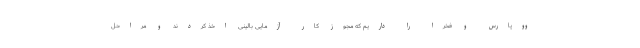
ووپارس و فخرا را داریم که مجوز کار آزمایی بالینی اخذ کردند و مراحل